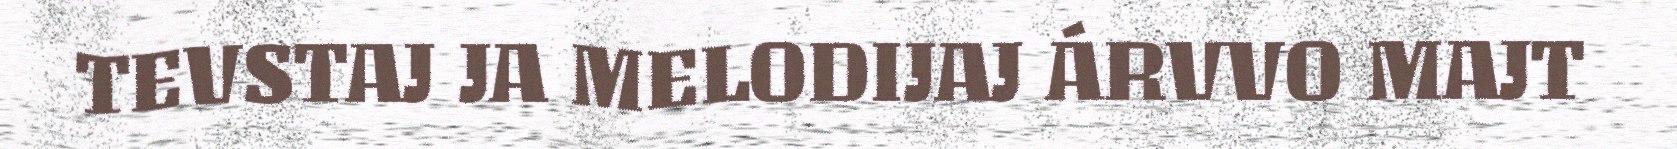
TEVSTAJ JA MELODIJAJ ÁRVVO MAJT